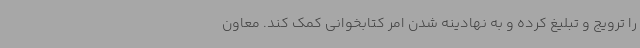
را ترویج و تبلیغ کرده و به نهادینه شدن امر کتابخوانی کمک کند. معاون